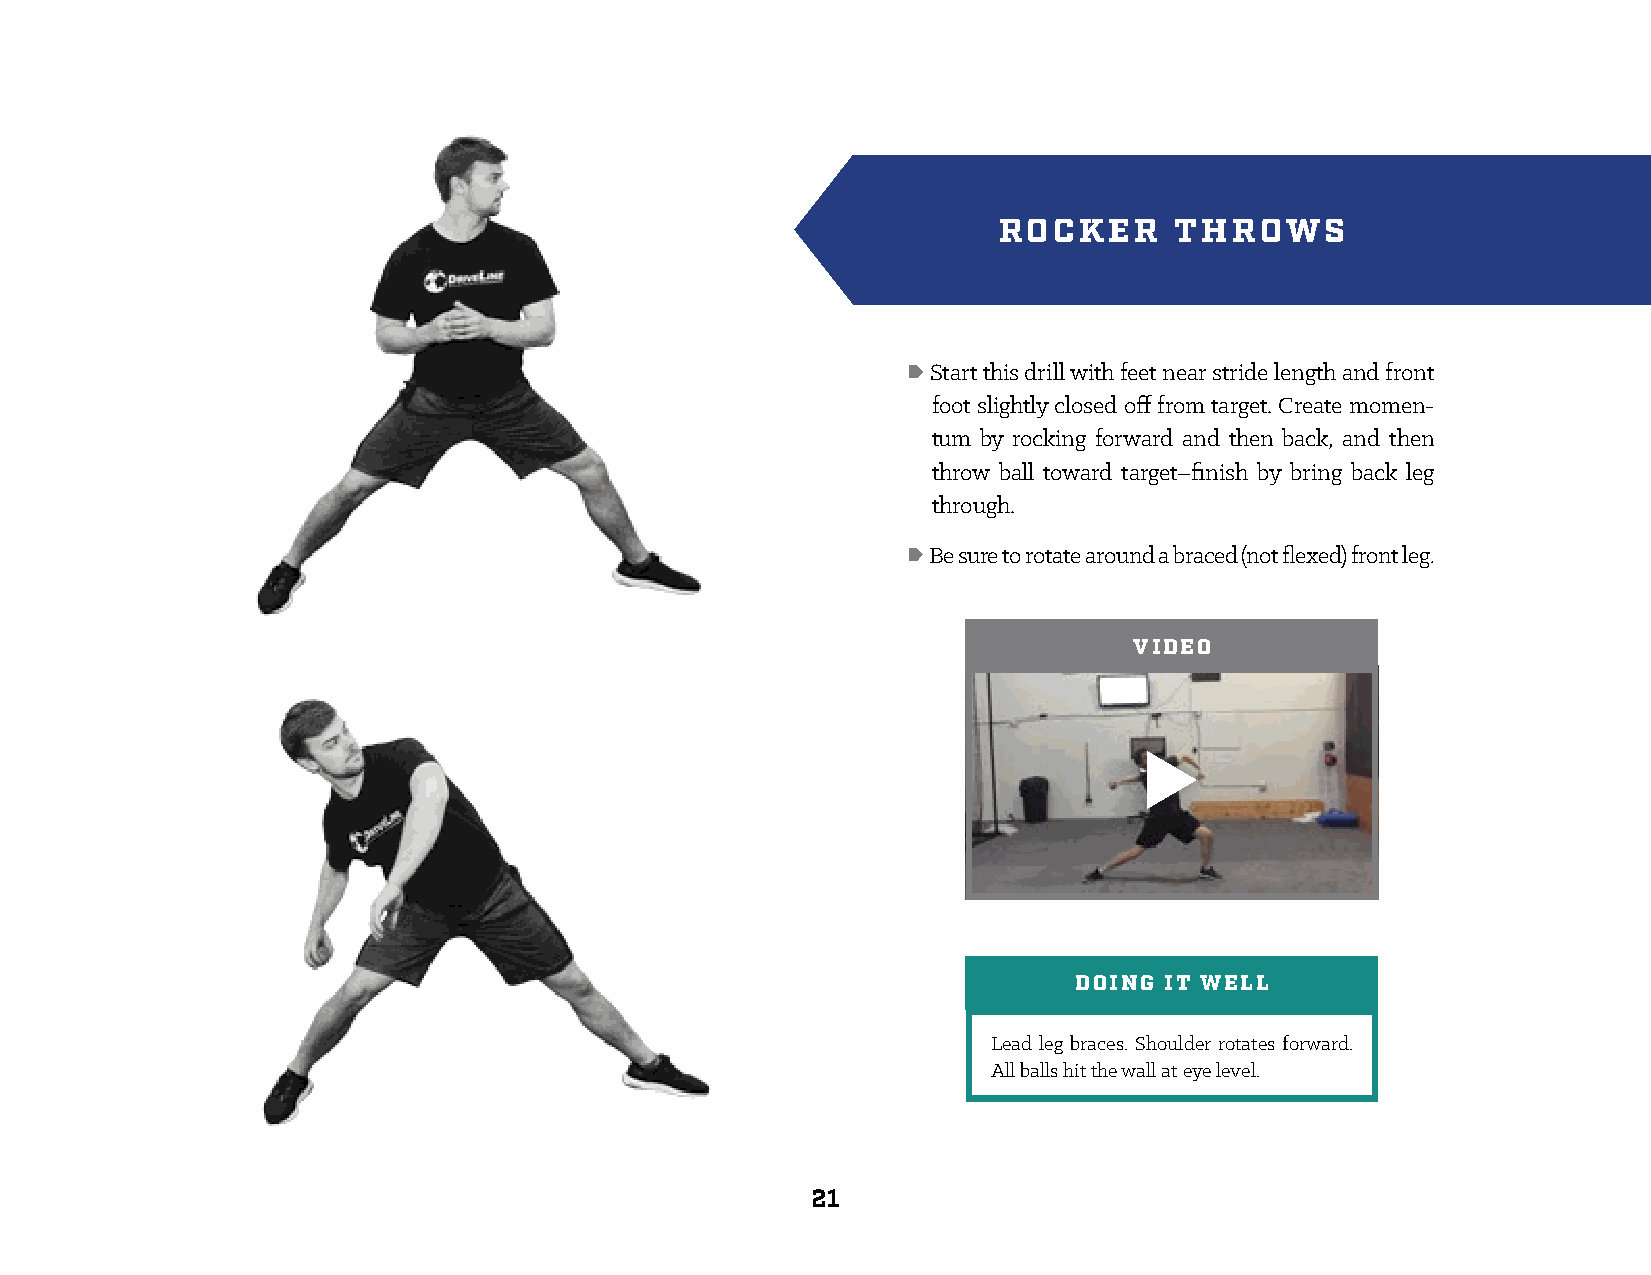
ROCKER      THROWS
 • Start this drill with feet near stride length and front
 foot slightly closed off from target. Create momen-
 tum by rocking forward and then back, and then
 throw ball toward target–finish by bring back leg
 through.
 • Be sure to rotate around a braced (not flexed) front leg.
 VIDEO
 DOING IT WELL
 Lead leg braces. Shoulder rotates forward.
 All balls hit the wall at eye level.
 21